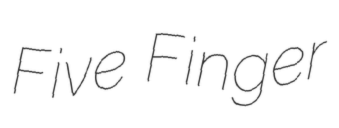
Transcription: Five Finger